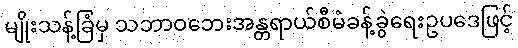
မျိုးသန့်ခြံမှ သဘာဝဘေးအန္တရာယ်စီမံခန့်ခွဲရေးဥပဒေဖြင့်